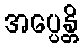
အပ္ပေန္တိ